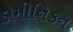
ડોમીનિકન